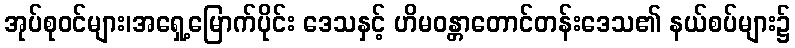
အုပ်စုဝင်များ၊အရှေ့မြောက်ပိုင်း ဒေသနှင့် ဟိမဝန္တာတောင်တန်းဒေသ၏ နယ်စပ်များ၌